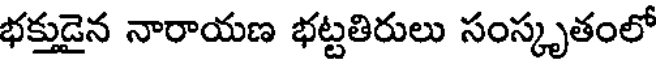
భక్తుడైన నారాయణ భట్టతిరులు సంస్కృతంలో